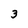
Character: 3